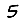
Digit: 5